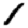
Digit: 1